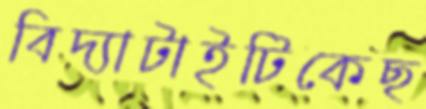
বিদ্যাটাইটিকেছ